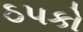
ઠ૫કો